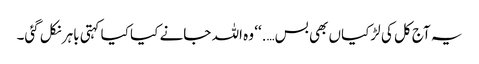
یہ آج کل کی لڑکیاں بھی بس….‘‘ وہ اللہ جانے کیا کیا کہتی باہر نکل گئی۔